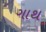
ગાથ